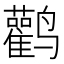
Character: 鹳